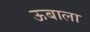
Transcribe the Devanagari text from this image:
ऊबाला